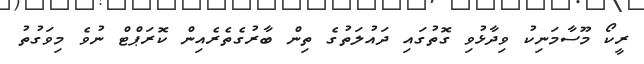
ރީކޯ މޫސާމަނިކު ވިދާޅުވި ގޮތުގައި ދައުލަތުގެ ތިން ބާރުގެތެރެއިން ކޮރަޕްޓް ނުވެ މިވަގުތު